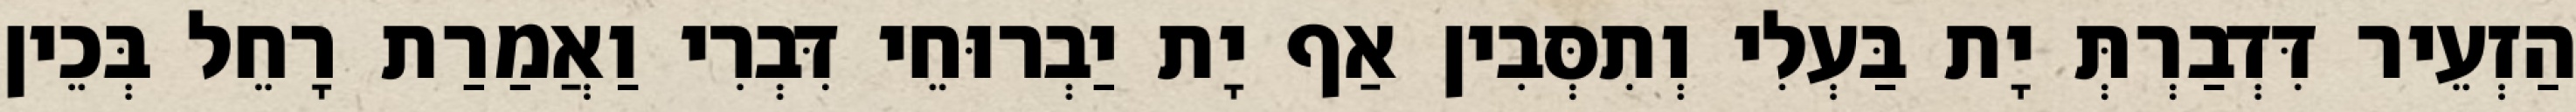
הַזְעֵיר דִּדְבַרְתְּ יָת בַּעְלִי וְתִסְּבִין אַף יָת יַבְרוּחֵי דִּבְרִי וַאֲמַרַת רָחֵל בְּכֵין